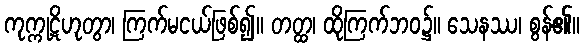
ကုက္ကုဋိဟုတွာ၊ ကြက်မငယ်ဖြစ်၍။ တတ္ထ၊ ထိုကြက်ဘဝ၌။ သေနဿ၊ စွန်၏။